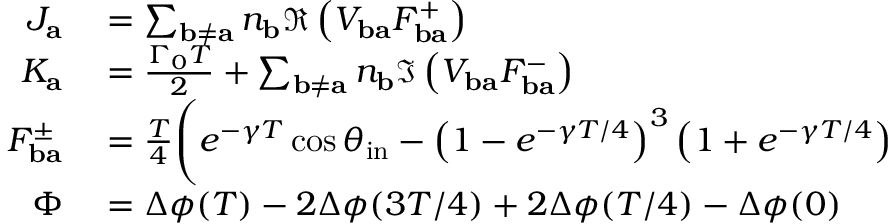
\begin{array} { r l } { J _ { \mathbf { a } } } & { { } = \sum _ { \mathbf { b } \neq \mathbf { a } } n _ { \mathbf { b } } \Re \left( V _ { \mathbf { b a } } F _ { \mathbf { b a } } ^ { + } \right) } \\ { K _ { \mathbf { a } } } & { { } = \frac { \Gamma _ { 0 } T } { 2 } + \sum _ { \mathbf { b } \neq \mathbf { a } } n _ { \mathbf { b } } \Im \left( V _ { \mathbf { b a } } F _ { \mathbf { b a } } ^ { - } \right) } \\ { F _ { \mathbf { b a } } ^ { \pm } } & { { } = \frac { T } { 4 } \boldsymbol { \Bigg ( } e ^ { - \gamma T } \cos \theta _ { \mathrm { i n } } - \left( 1 - e ^ { - \gamma T / 4 } \right) ^ { 3 } \left( 1 + e ^ { - \gamma T / 4 } \right) } \\ { \Phi } & { { } = \Delta \phi ( T ) - 2 \Delta \phi ( 3 T / 4 ) + 2 \Delta \phi ( T / 4 ) - \Delta \phi ( 0 ) } \end{array}